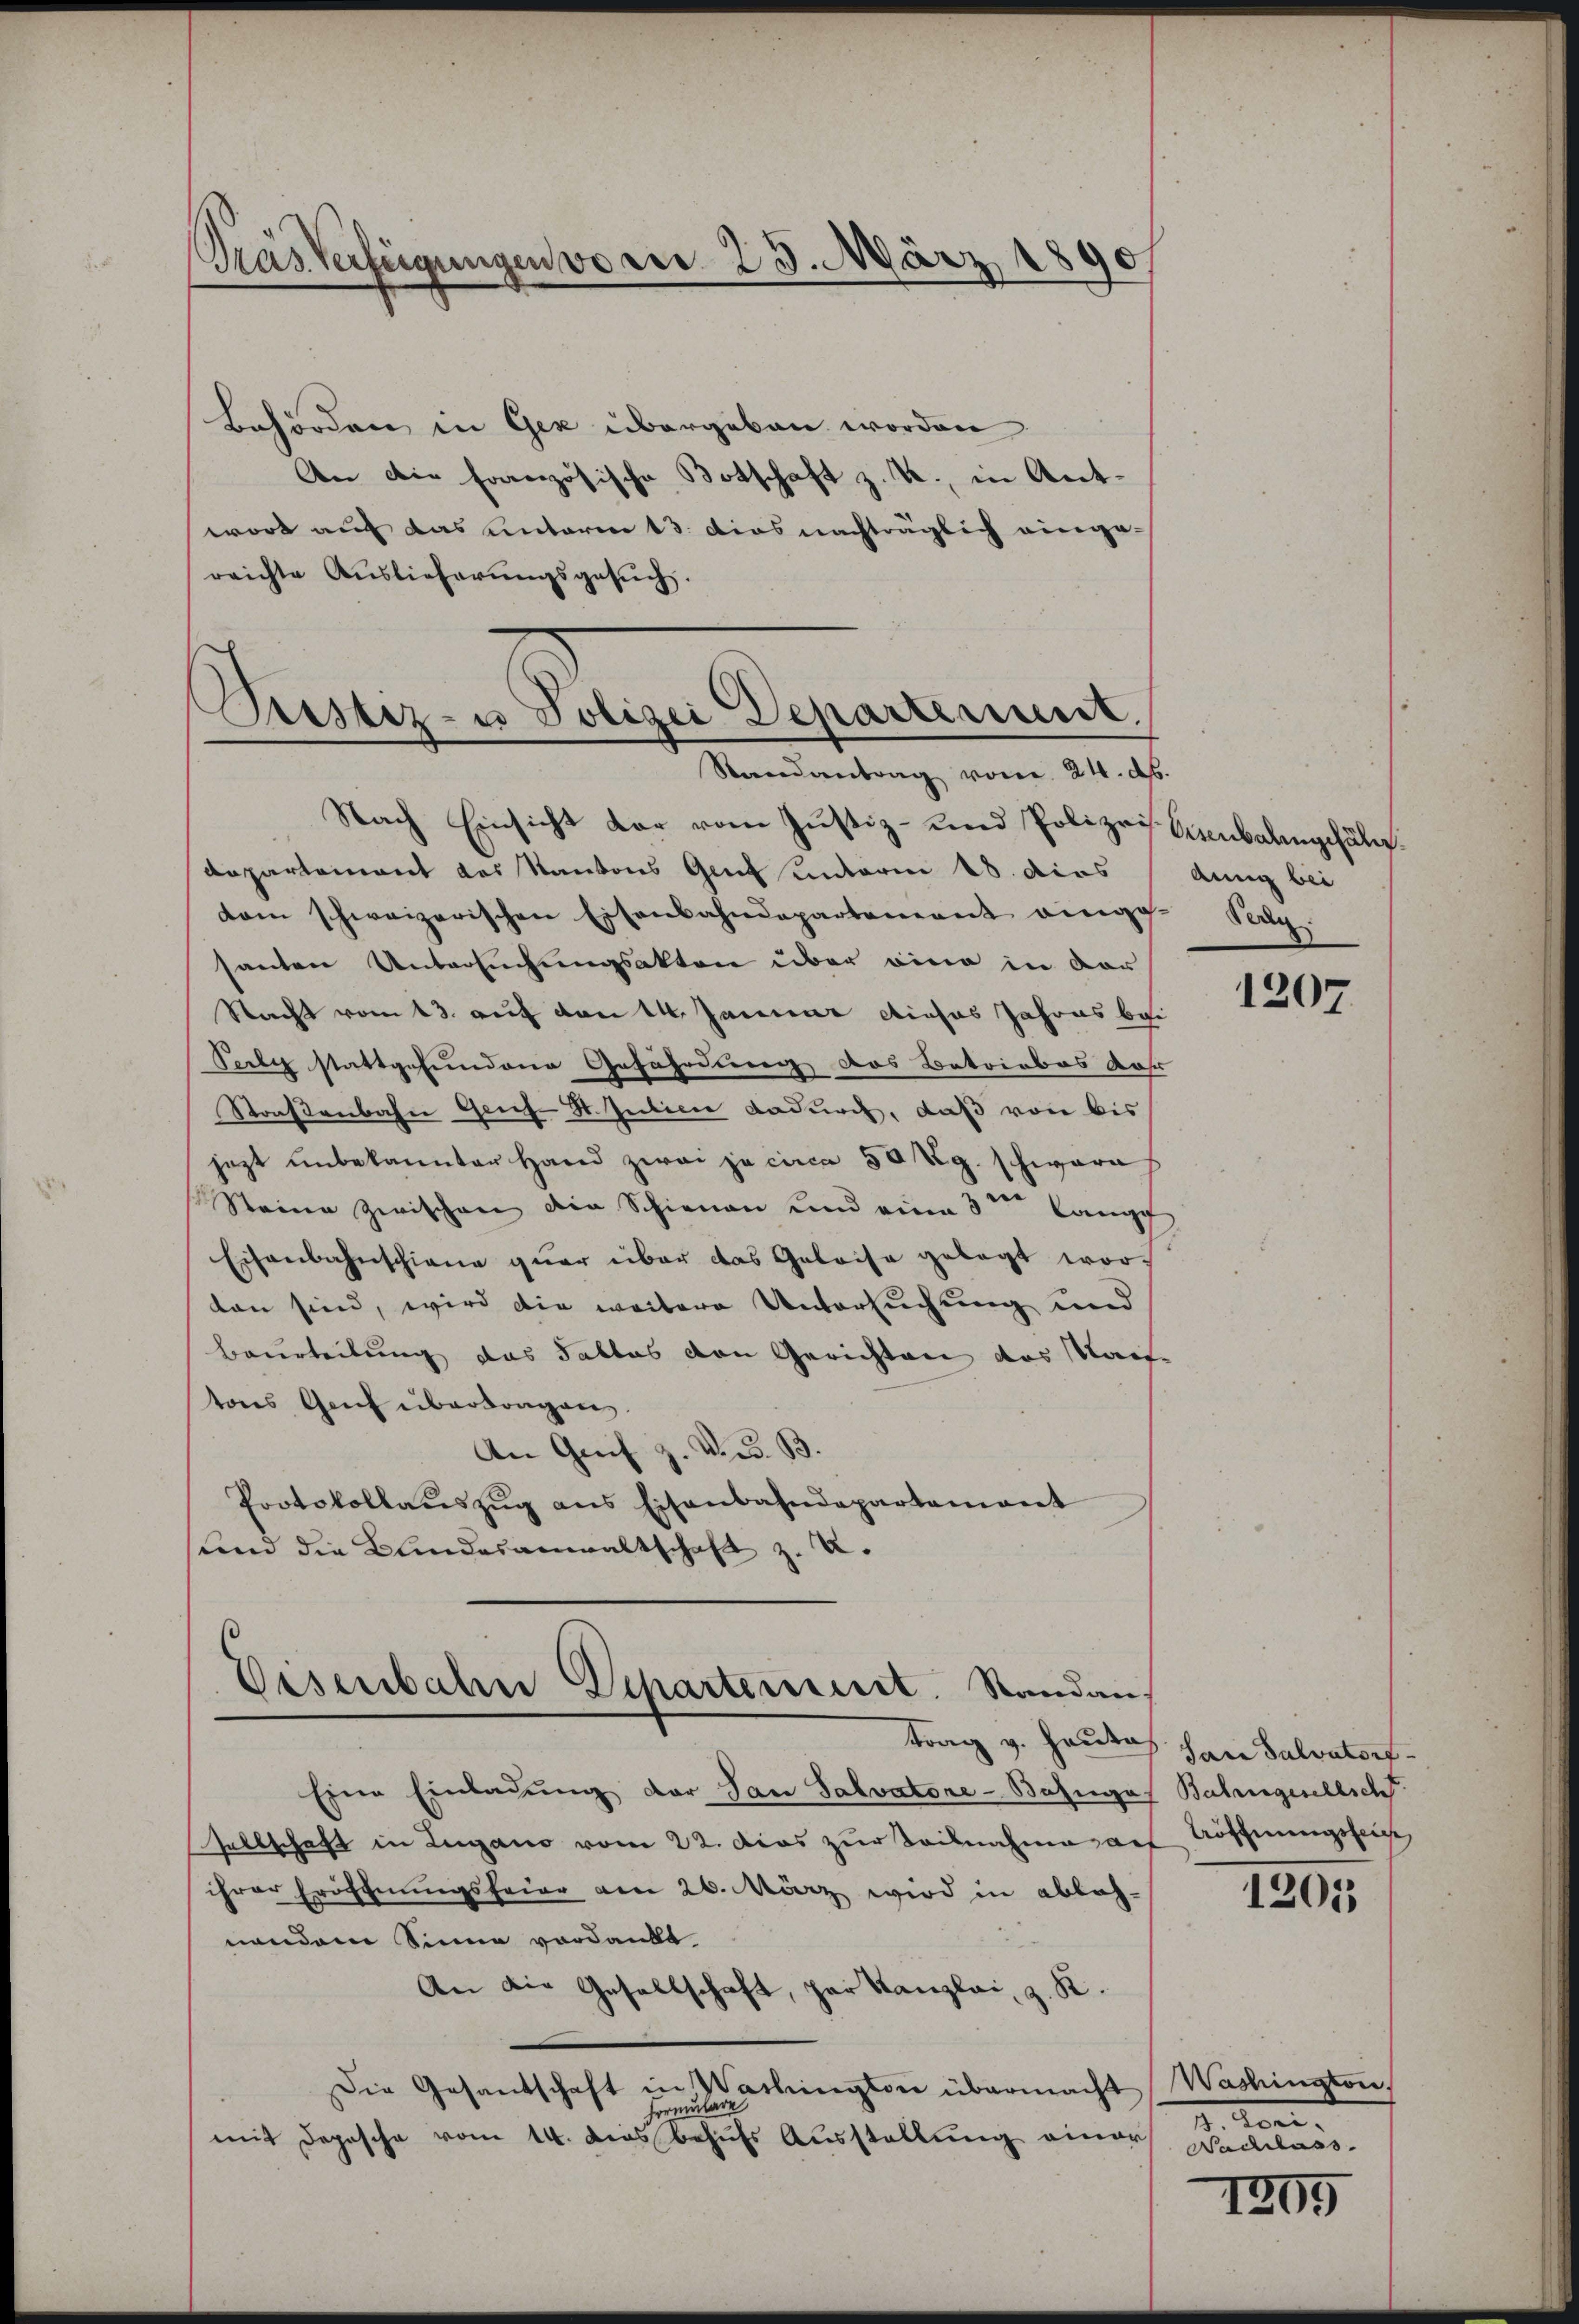
Gras Verfügungen vom 23. März 1890

Behörden in Ger übergeben worden
An die französische Botschaft z. B. in Antwort auf das unterm 13. dies nachträglich einge-
reichte Auslieferungsgesuch.
Nach Einsicht dar vom Justiz- und Polizei
Dapartement des Kantons Genf unterm 18. dies
dom schweizerischen Eisenbahndepartement eingesanten Untersuchungsakten über eine in der
Nacht vom 13. auf vom 14. Januar dieses Jahres be
Peely stattgefundene Gefährdung das Betriebes Jahr
Straßenbahn Geich-St. Intien dadurch, daß von bis
jezt unbekannter Hand zwai ja circa 50 Kg. schware
Steine zwischen die Schienen und eine 3tr Kampf
Eisenbahnschiene quar über das Geleise gelegt wortan sind, wird die weitere Untersuchung und
Beurteilung das Falles von Gerichten das Staat
tons Genf übertragen.
An Greif z. V. B.
Protokollaŭszŭg ans Eisenbahndepartement
und die Kindesanwaltschaft z. u.

Prestiz- u Polizei Departement.
Rerendantrag vom 24. d.

Vasenbahn Departement. Standan
trag v. Hauta

Eine Einladung der San Salvatore-Bahngef
sellschaft in Lugano vom 22. Das zur Teilnahme auf Aöffnungsfei
ihrer Eröffnungsfeier am 26. März wird in ableh-
nendem Sinne verdankt.
An die Gesellschaft, zur Kanzlei, z. K.
Die Gesandschaft in Wachington übermacht Washington,
Formulare
mit Depesche vom 14. dies besuchs Ausstellung einer

Aibalengehält.
dung bei
Pely

1207

San Salvatort
Bahrengesellscht

1205

d. Konr.
Nachlass

1209